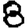
Digit: 8